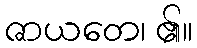
ဇာယတေ၊ ၏။